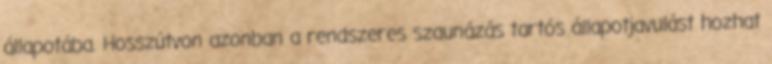
állapotába. Hosszútvon azonban a rendszeres szaunázás tartós állapotjavulást hozhat